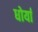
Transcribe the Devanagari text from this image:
धोर्यां